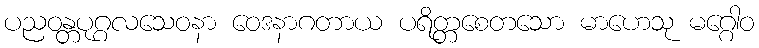
ပညဝန္တပုဂ္ဂလသေဝနာ ဝေဒနာဂတာယ ပရိတ္တစေတသော မာဟေသု မဂ္ဂေါဝ